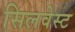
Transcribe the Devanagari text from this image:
सिलवेस्ट